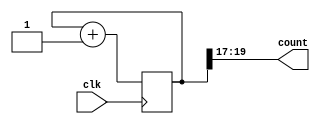
`timescale 1ns / 1ps
//////////////////////////////////////////////////////////////////////////////////
// Company: 
// Engineer: 
// 
// Design Name: 
// Module Name: counter_20bit
// Project Name: 
// Target Devices: 
// Tool Versions: 
// Description: 
// 
// Dependencies: 
// 
// Revision:
// Revision 0.01 - File Created
// Additional Comments:
// 
//////////////////////////////////////////////////////////////////////////////////


module counter_20bit(clk,count);
input clk;
output  [2:0]count;
//reg [2:0]count;
reg [19:0]counter;
initial 
begin
counter = 0;
end
always @(posedge clk) 
begin
   
        counter <= counter+1;
        //count <= counter[19:17];
 end
assign count=counter[19:17];
endmodule